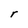
Character: r